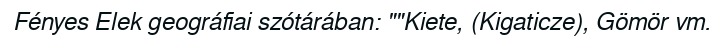
Fényes Elek geográfiai szótárában: ""Kiete, (Kigaticze), Gömör vm.